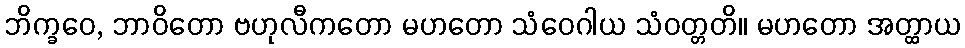
ဘိက္ခဝေ, ဘာဝိတော ဗဟုလီကတော မဟတော သံဝေဂါယ သံဝတ္တတိ။ မဟတော အတ္ထာယ